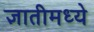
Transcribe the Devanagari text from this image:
ज्ञातीमध्ये